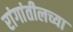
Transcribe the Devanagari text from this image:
रांगांतीलच्या